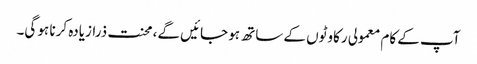
آپ کے کام معمولی رکاوٹوں کے ساتھ ہو جائیں گے، محنت ذرازیادہ کرنا ہو گی۔